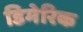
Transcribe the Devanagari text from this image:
डिमेरिक